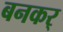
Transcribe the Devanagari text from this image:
बनकर्